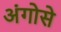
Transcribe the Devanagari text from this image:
अंगोसे